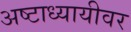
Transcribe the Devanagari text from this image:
अष्टाध्यायीवर